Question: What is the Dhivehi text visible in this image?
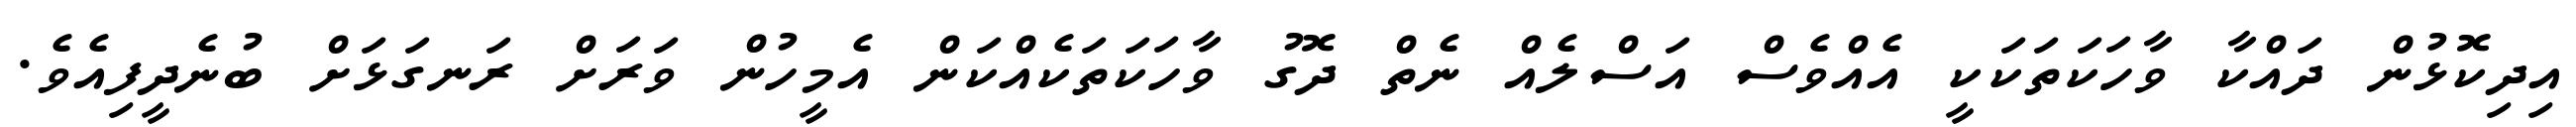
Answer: އިދިކޮޅުން ދައްކާ ވާހަކަތަކަކީ އެއްވެސް އަސްލެއް ނެތް ދޮގު ވާހަކަތަކެއްކަން އެމީހުން ވަރަށް ރަނގަޅަށް ބުނެދީފިއެވެ.